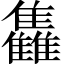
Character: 雥